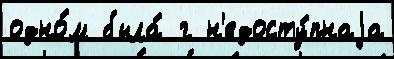
одно́м была́ г н'едосту́пнаjа